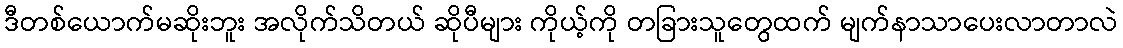
ဒီတစ်ယောက်မဆိုးဘူး အလိုက်သိတယ် ဆိုပီများ ကိုယ့်ကို တခြားသူတွေထက် မျက်နာသာပေးလာတာလဲ